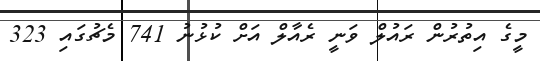
މީގެ އިތުރުން ރައުލް ވަނީ ރެއާލް އަށް ކުޅުނު 741 މެޗުގައި 323